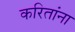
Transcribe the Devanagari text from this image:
करितांना